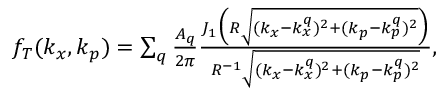
\begin{array} { r } { f _ { T } ( k _ { x } , k _ { p } ) = \sum _ { q } \frac { A _ { q } } { 2 \pi } \frac { J _ { 1 } \Big ( R \sqrt { ( k _ { x } - k _ { x } ^ { q } ) ^ { 2 } + ( k _ { p } - k _ { p } ^ { q } ) ^ { 2 } } \Big ) } { R ^ { - 1 } \sqrt { ( k _ { x } - k _ { x } ^ { q } ) ^ { 2 } + ( k _ { p } - k _ { p } ^ { q } ) ^ { 2 } } } , \ \ } \end{array}